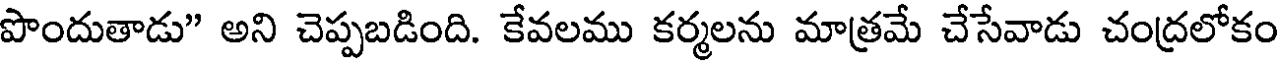
పొందుతాడు" అని చెప్పబడింది. కేవలము కర్మలను మాత్రమే చేసేవాడు చంద్రలోకం